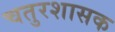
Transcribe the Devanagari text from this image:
चतुरशासक